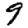
Digit: 9